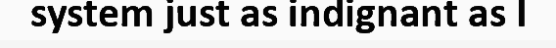
system just as indignant as I